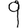
Digit: 9